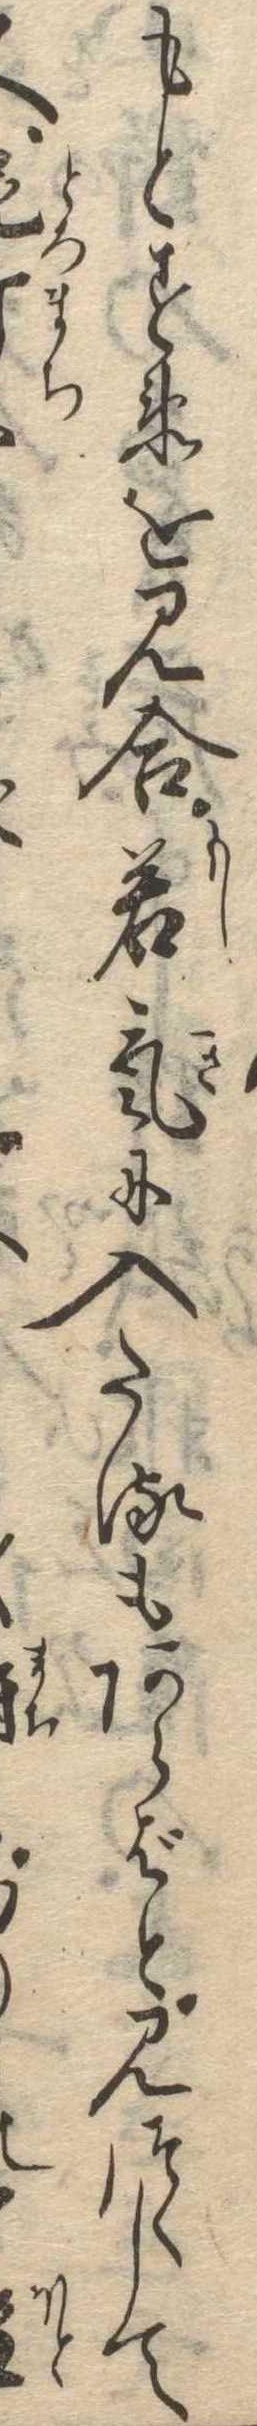
もとすゑを見合若気に入たるもあらばと見つくして